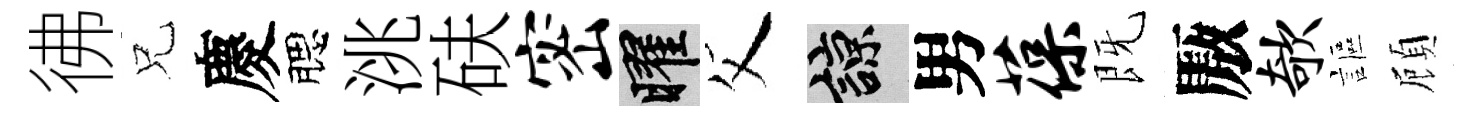
彿兄慶腮洮砆密曜父諒男葆既厫欹謳頋